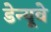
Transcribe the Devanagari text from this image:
डेन्यूवे